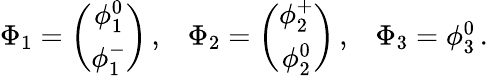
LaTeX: \begin{array}{ccc}{{\Phi_{1}=\left(\begin{array}{c}{{{\phi_{1}^{0}}}}\\ {{{\phi_{1}^{-}}}}\end{array}\right)\, ,}}&{{\Phi_{2}=\left(\begin{array}{c}{{{\phi_{2}^{+}}}}\\ {{{\phi_{2}^{0}}}}\end{array}\right)\, ,}}&{{\Phi_{3}=\phi_{3}^{0}\, .}}\end{array}